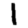
Digit: 1